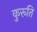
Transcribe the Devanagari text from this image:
कुरूति